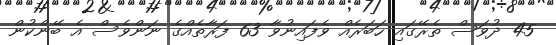
45 ދުވަސް ތެރޭގައި ހަބަރެއް ވެފައިނުވާ 63 ފަރާތެއްގެ ނަންވެސް އެ ބޭންކުން